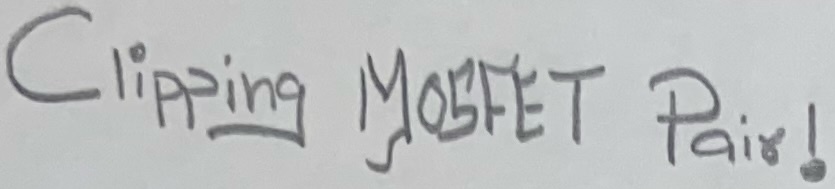
Text: Clipping MOSFET Pair!